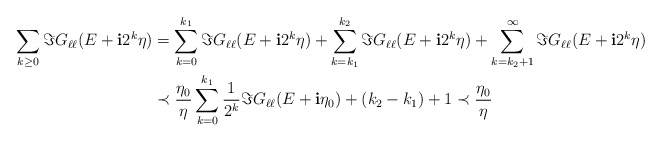
\begin{align*}\sum_{k\geq 0} \Im G_{\ell\ell}(E+\mathbf{i}2^k\eta)&=\sum_{k=0}^{k_1} \Im G_{\ell\ell}(E+\mathbf{i}2^k\eta)+\sum_{k=k_1}^{k_2} \Im G_{\ell\ell}(E+\mathbf{i}2^k\eta)+\sum_{k=k_2+1}^{\infty} \Im G_{\ell\ell}(E+\mathbf{i}2^k\eta)\\&\prec \frac{\eta_0}{\eta}\sum_{k=0}^{k_1} \frac{1}{2^k}\Im G_{\ell\ell}(E+\mathbf{i}\eta_0)+(k_2-k_1)+1\prec \frac{\eta_0}{\eta}\end{align*}